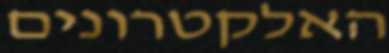
האלקטרונים